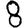
Digit: 8